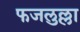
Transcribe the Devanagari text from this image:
फजलुल्ला